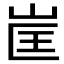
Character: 𭖕